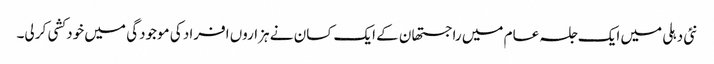
نئی دہلی میں ایک جلسہ عام میں راجستھان کے ایک کسان نے ہزاروں افراد کی موجودگی میں خود کشی کر لی۔